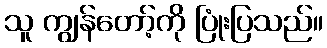
သူ ကျွန်တော့်ကို ပြုံးပြသည်။